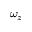
\omega _ { z }